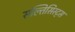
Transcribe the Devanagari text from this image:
सल्तिसिस्ट्स